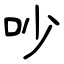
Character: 吵